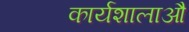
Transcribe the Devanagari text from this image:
कार्यशालाऔ